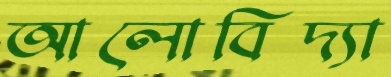
আলোবিদ্যা